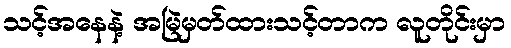
သင့်အနေနဲ့ အမြဲမှတ်ထားသင့်တာက လူတိုင်းမှာ